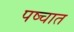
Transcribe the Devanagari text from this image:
पष्चात